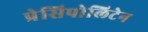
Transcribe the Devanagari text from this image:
प्रेसिपोलिटेन